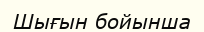
Шығын бойынша